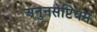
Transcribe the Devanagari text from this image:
अनुनसेप्टियम